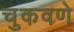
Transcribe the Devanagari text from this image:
चुकवणे